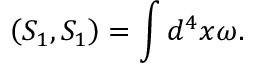
\left( S _ { 1 } , S _ { 1 } \right) = \int d ^ { 4 } x \omega .